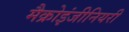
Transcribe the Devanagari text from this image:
मैक्रोइंजीनियरी